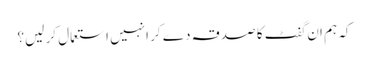
کہ ہم ان گفٹ کا صدقہ دے کر انہیں استعمال کر لیں؟